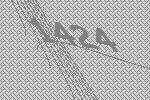
1424